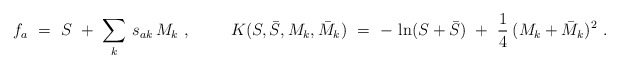
\begin{align*}f_a\ =\ S\ +\ \sum_k\, s_{ak}\, M_k\ , \hskip 1cm K (S, \bar S, M_k, \bar M_k)\ =\ -\, \ln (S + \bar S)\ +\ \frac{1}{4}\: (M_k + \bar M_k)^2\ .\end{align*}